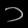
Digit: ၁